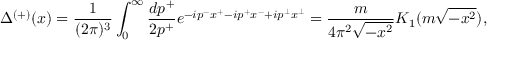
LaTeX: \Delta ^ { ( + ) } ( x ) = \frac { 1 } { ( 2 \pi ) ^ { 3 } } \int _ { 0 } ^ { \infty } \frac { d p ^ { + } } { 2 p ^ { + } } e ^ { - i p ^ { - } x ^ { + } - i p ^ { + } x ^ { - } + i p ^ { \bot } x ^ { \bot } } = \frac { m } { 4 \pi ^ { 2 } \sqrt { - x ^ { 2 } } } K _ { 1 } ( m \sqrt { - x ^ { 2 } } ) ,